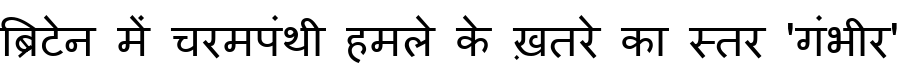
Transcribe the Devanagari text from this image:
ब्रिटेन में चरमपंथी हमले के ख़तरे का स्तर 'गंभीर'